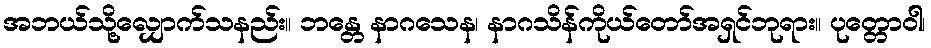
အဘယ်သို့လျှောက်သနည်း။ ဘန္တေ နာဂသေန၊ နာဂသိန်ကိုယ်တော်အရှင်ဘုရား။ ပုတ္တောဝါ၊